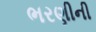
ભરણીની